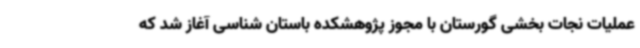
عملیات نجات بخشی گورستان با مجوز پژوهشکده باستان شناسی آغاز شد که